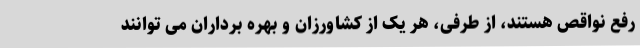
رفع نواقص هستند، از طرفی، هر یک از کشاورزان و بهره برداران می توانند